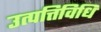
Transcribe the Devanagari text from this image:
उत्पत्तिविधि